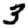
Digit: 3